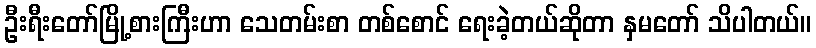
ဦးရီးတော်မြို့စားကြီးဟာ သေတမ်းစာ တစ်စောင် ရေးခဲ့တယ်ဆိုတာ နှမတော် သိပါတယ်။